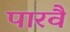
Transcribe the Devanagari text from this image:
पारवै